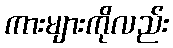
ကားများကိုလည်း